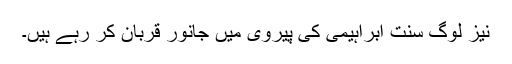
نیز لوگ سنت ابراہیمی کی پیروی میں جانور قربان کر رہے ہیں۔